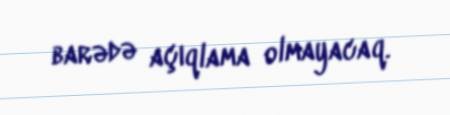
barədə açıqlama olmayacaq.